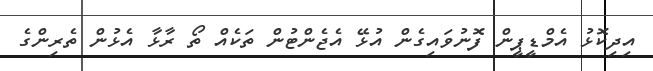
އިދިކޮޅު އެމްޑީޕީން ފޮނުވައިގެން އުޅޭ އެޖެންޓުން ތަކެއް ތޯ ރާޅާ އެޅުން ތެރިންގެ